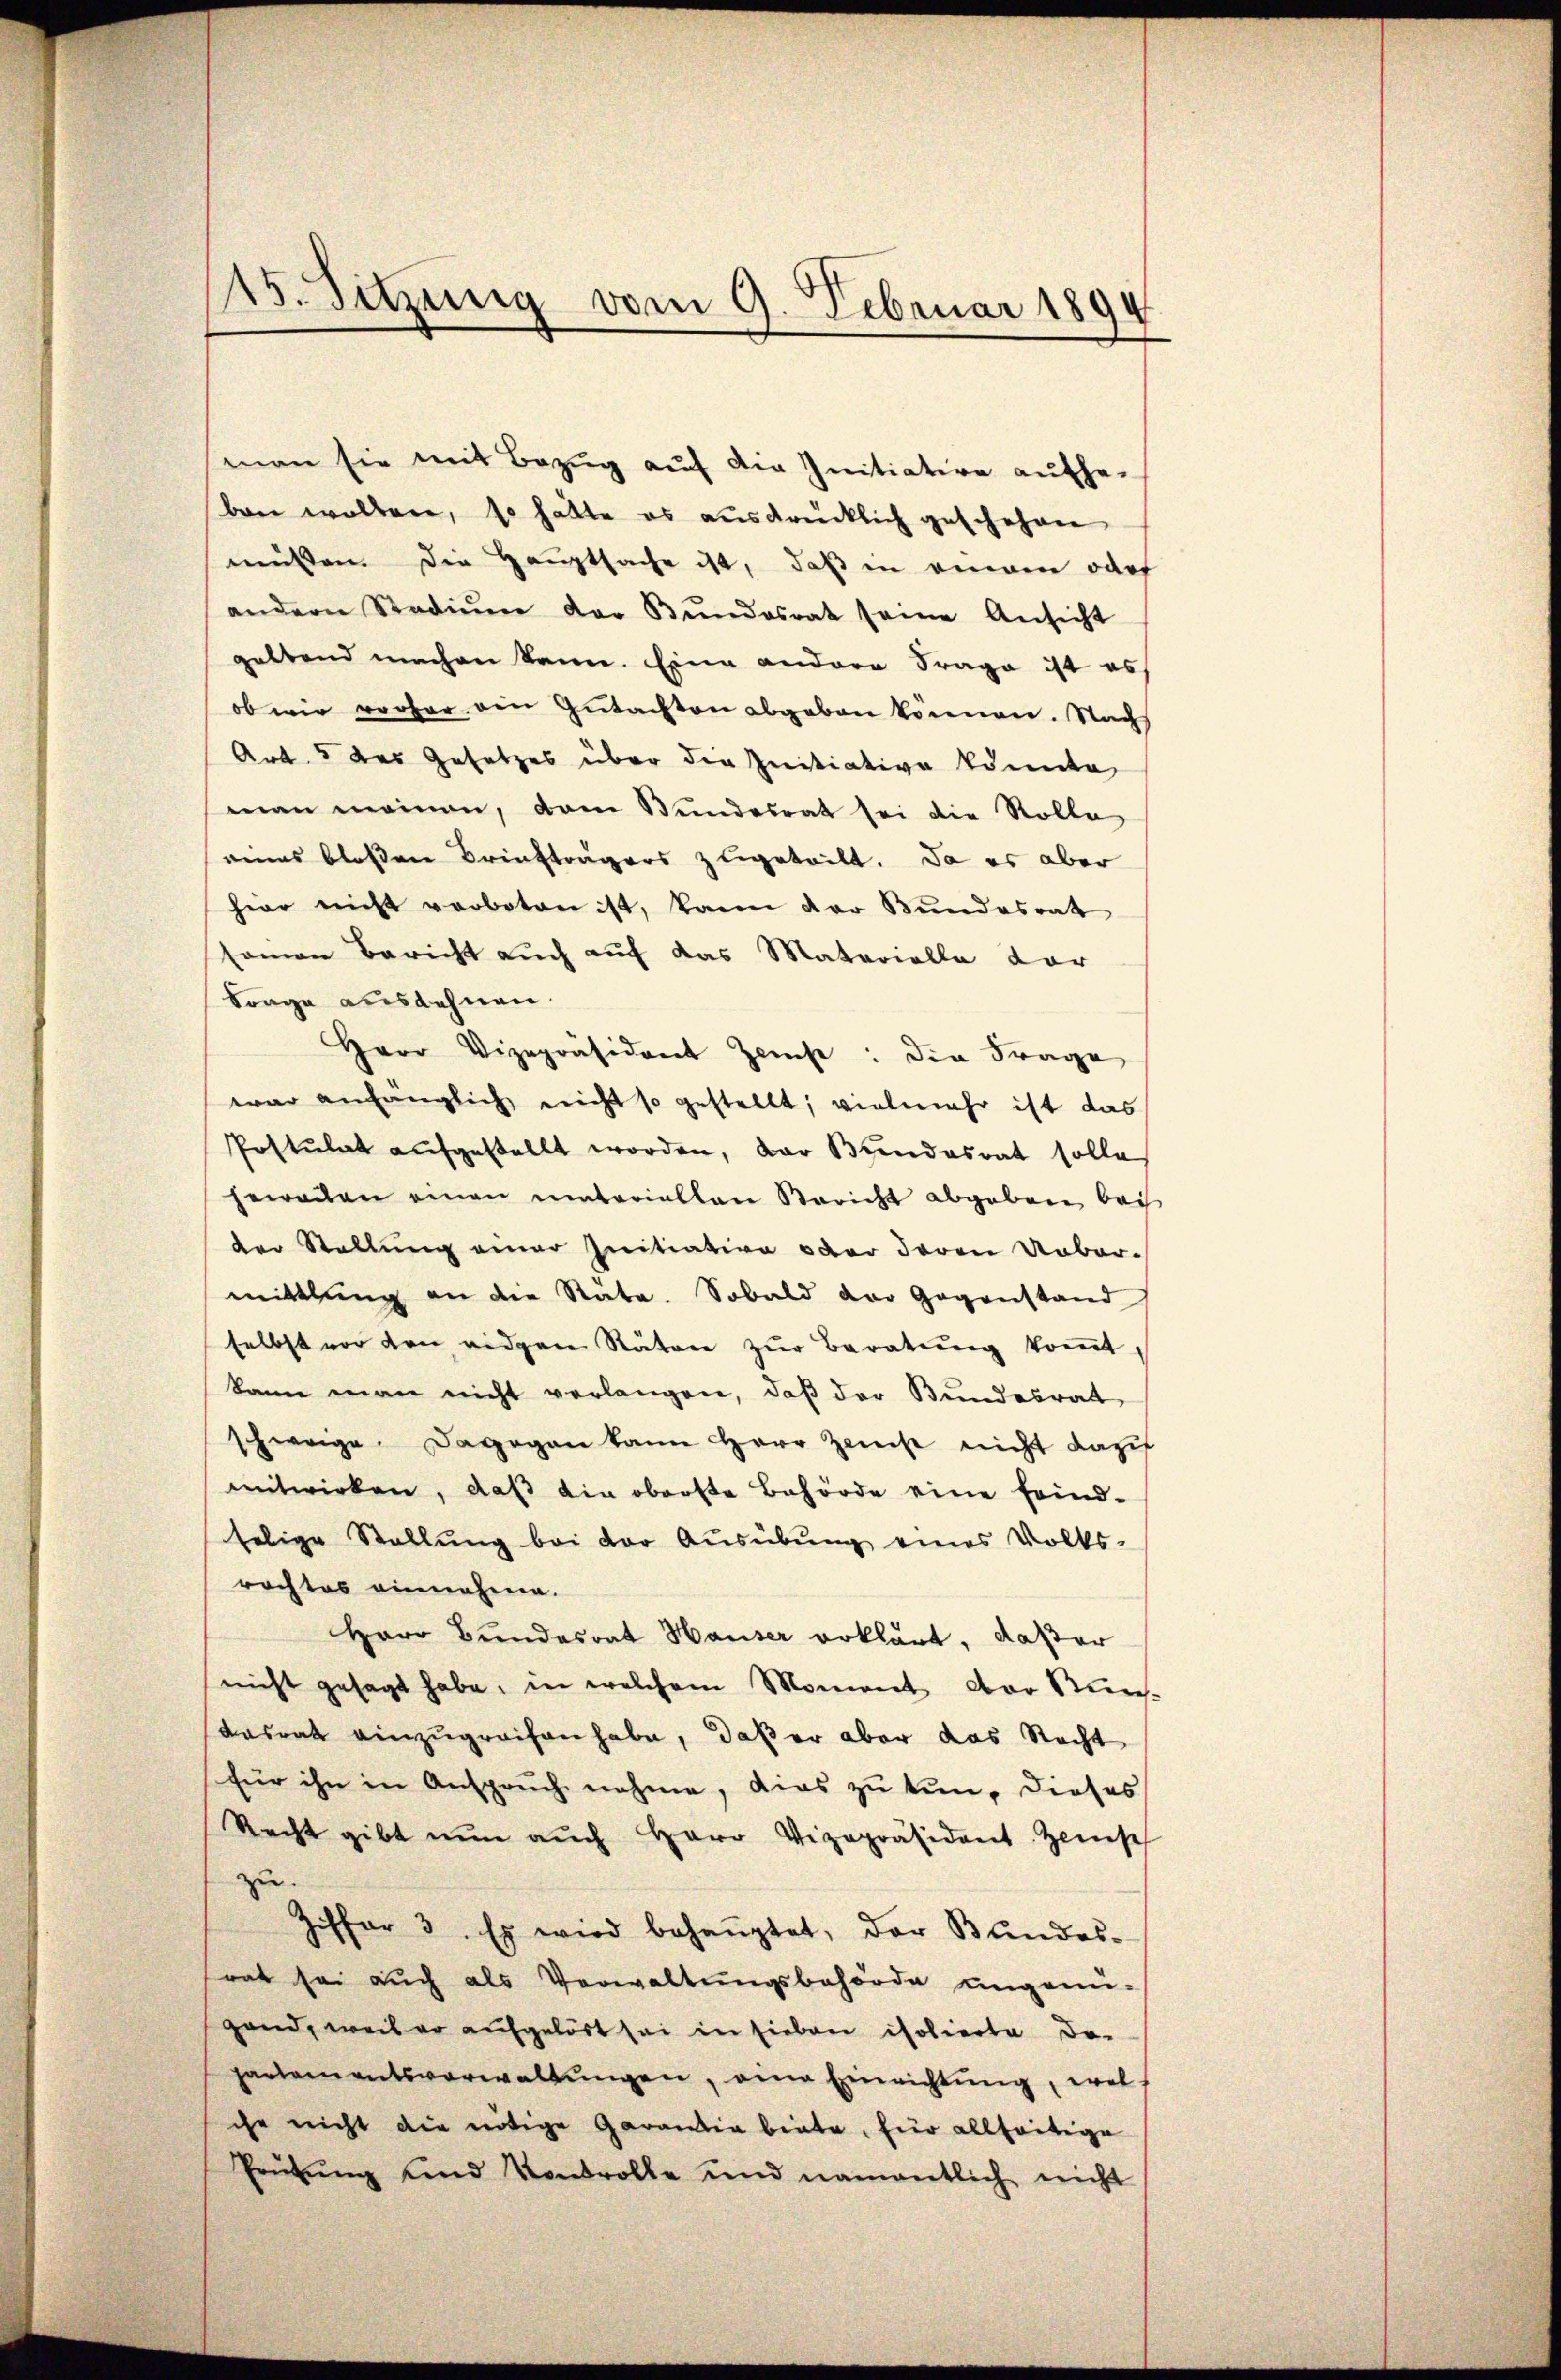
man sie mit Bezug auf die Initiative aufge-
ben wollen, so hätte es ausdrücklich geschehen
müssen. Die Hauptsache ist, daß in einem oder
andern Stadiŭm der Bundesrat seine Ansicht
geltend machen kann. Eine andere Frage ist es
ob wir vorher ein Gutachten abgeben können. Nach
Art. 5 des Gesetzes über die Initiative könnte,
man meinen, dem Bundesrat sei die Rolle
eines bloßen Briefträgers zugeteilt. Da es aber
hier nicht verboten ist, kann der Bundesrat
samon Bericht auch auf das Materielle vor
Frage ausdehnen.
Herr Vizepräsident Hause: die Frage
war anhänglich nicht so gestellt; vielmehr ist das
Postulat aufgestellt worden, der Bundesrat solle
hewrauen einen materiallen Bericht abgeben bei
der Stellung einer Initiative oder deren Uebermittlung an die Rate. Sobald der Gegenstand
selbst vor den eidgen Räten zŭr Beratŭng koṁt-
kann man nicht verlangen, daß der Bundesrat
schweige. Dagegen kann Herr Zinse nicht dazu
mitwirken, daß die oberste Behörde eine Feind-
selige Stallŭng bei der Aŭsübŭng eines Volks-
rachtes einnahme.
Herr Bundesrat Hauser erklärt, daß er
nicht gesagt habe, in welchem Moment der Reich-
dasrat einzugreifen habe, daß er aber das Recht
für ihn in Anspruch nahme, dies zu tun, dieses
Recht gibt nŭn aŭch Herr Vizepräsident Zins
zu.
Ziffer 3. Es wird behaŭptet, der Bundes-
rat sei auch als Verwaltŭngsbehörde ungemi-
gand, weil er aufgelöst sei in sieben isolierte De-
partementsverwaltŭngen, eine Einrichtung, wel
ihr nicht die nötige Garantia biete, für allseitige
Erütŭng und Kontrolle und namentlich nicht

15. Sitzung vom 9. Februar 1894